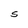
Character: S